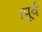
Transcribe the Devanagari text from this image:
।पूर्व